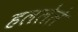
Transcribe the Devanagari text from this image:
हललेले